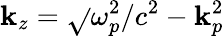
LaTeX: \mathbf{k}_{z}=\sqrt{}{{\omega_{p}^{2}/c^{2}-\mathbf{k}_{p}^{2}}}